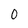
Character: 0